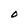
Character: O